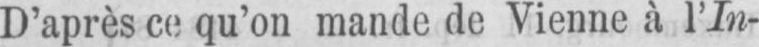
D’après ce qu’on mande de Vienne à l’In-